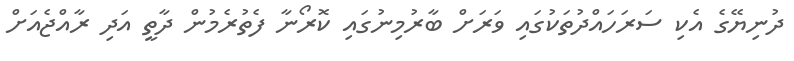
ދުނިޔޭގެ އެކި ސަރަހައްދުތަކުގައި ވަރަށް ބާރުމިނުގައި ކޮރޯނާ ފެތުރެމުން ދާތީ އަދި ރާއްޖެއަށް